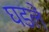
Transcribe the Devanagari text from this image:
घडलें